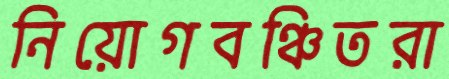
নিয়োগবঞ্চিতরা